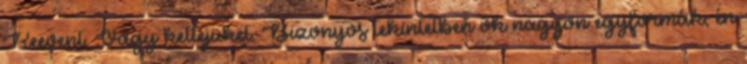
Reevent. Vagy kettejüket. Bizonyos tekintetben ők nagyon egyformák, én